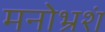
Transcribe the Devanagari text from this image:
मनोभ्रशं